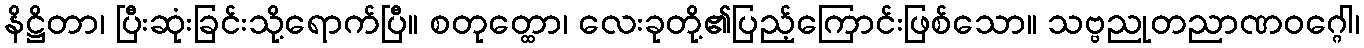
နိဋ္ဌိတာ၊ ပြီးဆုံးခြင်းသို့ရောက်ပြီ။ စတုတ္ထော၊ လေးခုတို့၏ပြည့်ကြောင်းဖြစ်သော။ သဗ္ဗညုတညာဏဝဂ္ဂေါ၊